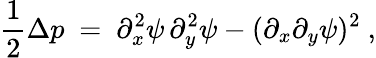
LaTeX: \frac 12\Delta p\ =\ \partial_{x}^{2}\psi\, \partial_{y}^{2}\psi-(\partial_{x}\partial_{y}\psi)^{2}~,